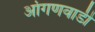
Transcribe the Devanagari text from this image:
आंगणवाडी